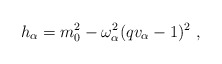
\begin{align*}h_\alpha=m_0^2-\omega_\alpha^2(qv_\alpha-1)^2~,\end{align*}